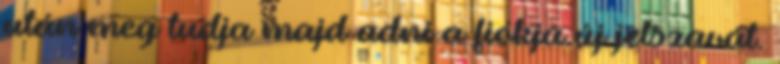
után meg tudja majd adni a fiókja új jelszavát.